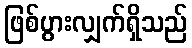
ဖြစ်ပွားလျှက်ရှိသည်